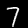
Digit: 7